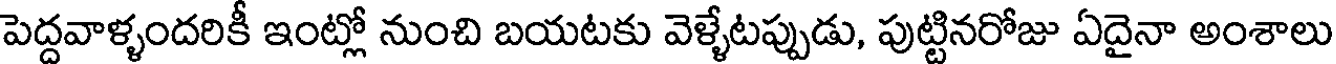
పెద్దవాళ్ళందరికీ ఇంట్లో నుంచి బయటకు వెళ్ళేటప్పుడు, పుట్టినరోజు ఏదైనా అంశాలు